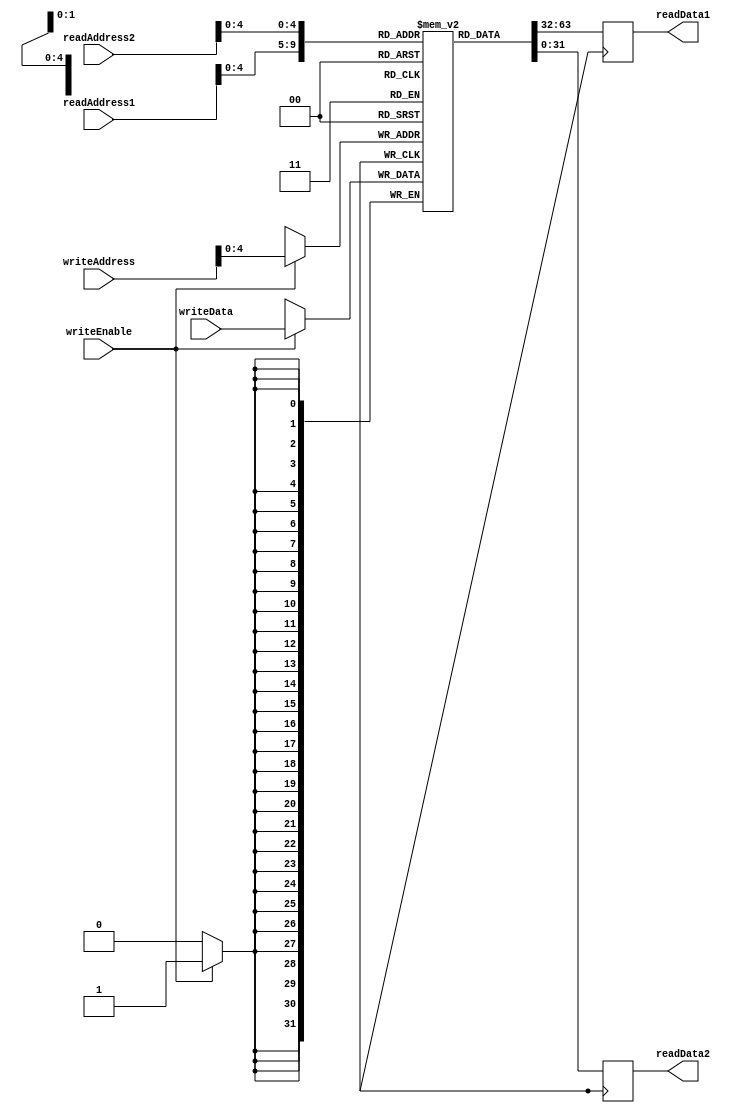
module RegisterFile (
    input wire [31:0] readAddress1,
    input wire [31:0] readAddress2,
    input wire [31:0] writeAddress,
    input wire writeEnable,
    input wire [31:0] writeData,
    output reg [31:0] readData1,
    output reg [31:0] readData2
);

reg [31:0] registers [0:31];

always @ (posedge clk) begin
    if (writeEnable) begin
        registers[writeAddress] <= writeData;
    end
    
    readData1 <= registers[readAddress1];
    readData2 <= registers[readAddress2];
end

endmodule